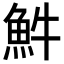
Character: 𩵠